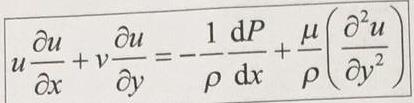
\[
u \frac{\partial u}{\partial x}+v \frac{\partial u}{\partial y}=-\frac{1}{\rho} \frac{\mathrm{d} P}{\mathrm{~d} x}+\frac{\mu}{\rho}\left(\frac{\partial^{2} u}{\partial y^{2}}\right)
\]